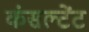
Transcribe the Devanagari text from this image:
कंसल्‍टेंट